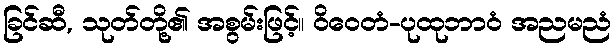
ခြင်ဆီ, သုတ်တို့၏ အစွမ်းဖြင့်။ ဝိဝေတံ-ပုထုဘာဝံ အညမညံ